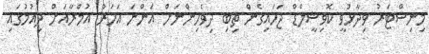
މިނިސްޓަރު ވިދާޅުވީ ކޮވިޝީލްޑް ޖަހައިގެން ތިބި ދިވެހިންނަށް އަންނަ އަހަރު އުމްރާއަށް ދިއުމުގައި